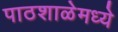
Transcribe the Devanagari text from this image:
पाठशाळेमध्ये